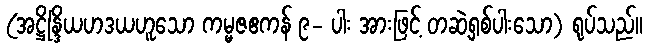
(အဋ္ဌိန္ဒြိယဟဒယဟူသော ကမ္မဇဧကန် ၉- ပါး အားဖြင့် တဆဲ့ရှစ်ပါးသော) ရုပ်သည်။